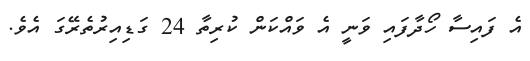
އެ ފައިސާ ހޯދާފައި ވަނީ އެ ވައްކަން ކުރިތާ 24 ގަޑިއިރުތެރޭގަ އެވެ.